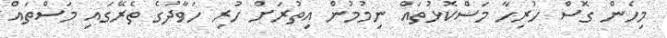
މިހެން ގޮސް ހުރިހާ މަސްކޮޅުތައް ނިމުމުން އިތުރަށް ހުރި ހަވާދުގެ ތެރޭގައި މަސްތައް